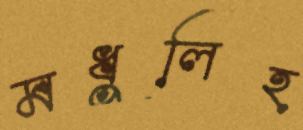
মধুলিহ